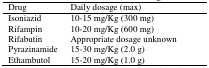
<table><thead><tr><td><b>Drug</b></td><td><b>Daily dosage (max)</b></td></tr></thead><tbody><tr><td>Isoniazid</td><td>10–15 mg/Kg (300 mg)</td></tr><tr><td>Rifampin</td><td>10–20 mg/Kg (600 mg)</td></tr><tr><td>Rifabutin</td><td>Appropriate dosage unknown</td></tr><tr><td>Pyrazinamide</td><td>15–30 mg/Kg (2.0 g)</td></tr><tr><td>Ethambutol</td><td>15–20 mg/Kg (1.0 g)</td></tr></tbody></table>